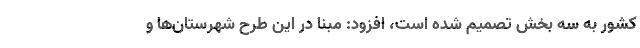
کشور به سه بخش تصمیم شده است، افزود: مبنا در این طرح شهرستان‌ها و